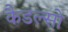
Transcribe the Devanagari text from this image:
कैडल्सो